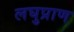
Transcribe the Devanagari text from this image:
लघुप्राण